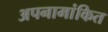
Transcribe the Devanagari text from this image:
अपनामांकित